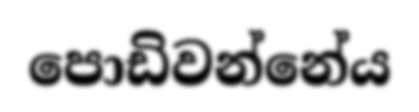
පොඩිවන්නේය